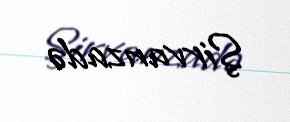
Şirvanzadə